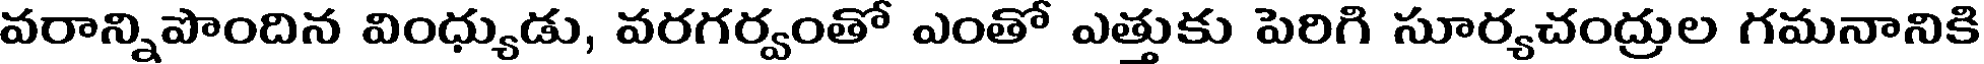
వరాన్నిపొందిన వింధ్యుడు, వరగర్వంతో ఎంతో ఎత్తుకు పెరిగి సూర్యచంద్రుల గమనానికి